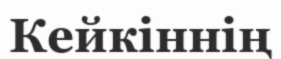
Кейкіннің